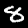
Label: 8